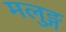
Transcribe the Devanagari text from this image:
मलुङ्ग